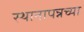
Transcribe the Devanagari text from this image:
स्थानापन्नच्या